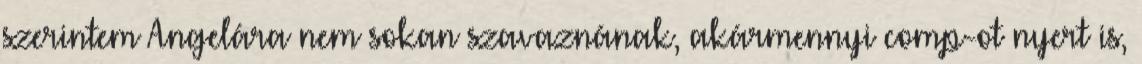
szerintem Angelára nem sokan szavaznának, akármennyi comp-ot nyert is,